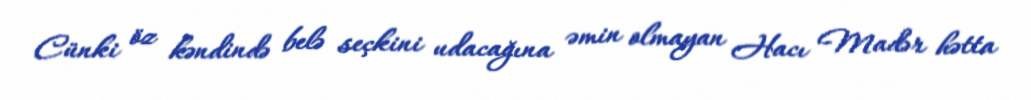
Cünki öz kəndində belə seçkini udacağına əmin olmayan Hacı Madər hətta